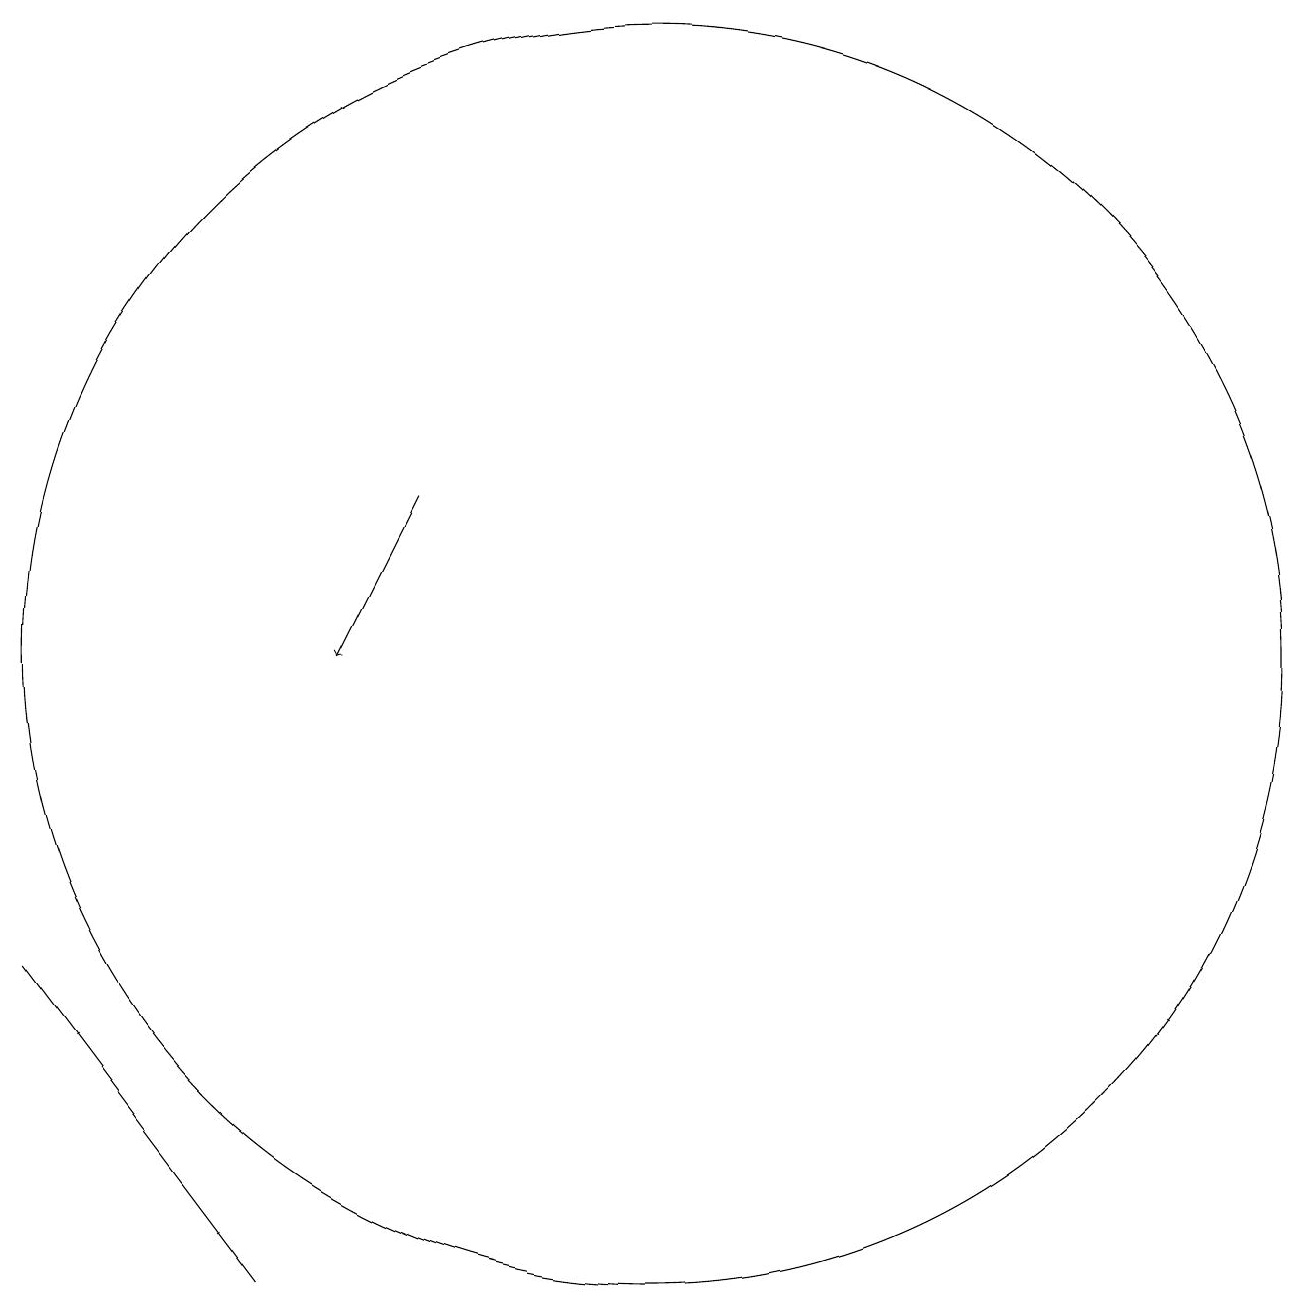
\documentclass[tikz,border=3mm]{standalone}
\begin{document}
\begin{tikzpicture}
\draw[->] (7,13) -- (6,11);
\draw (10,11) circle (8);
\draw (5,3) -- (2,7) -- (5,3) -- cycle;
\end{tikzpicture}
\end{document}